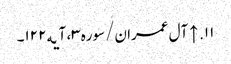
۱۱. ↑ آل عمران/سوره۳، آیه۱۲۲۔